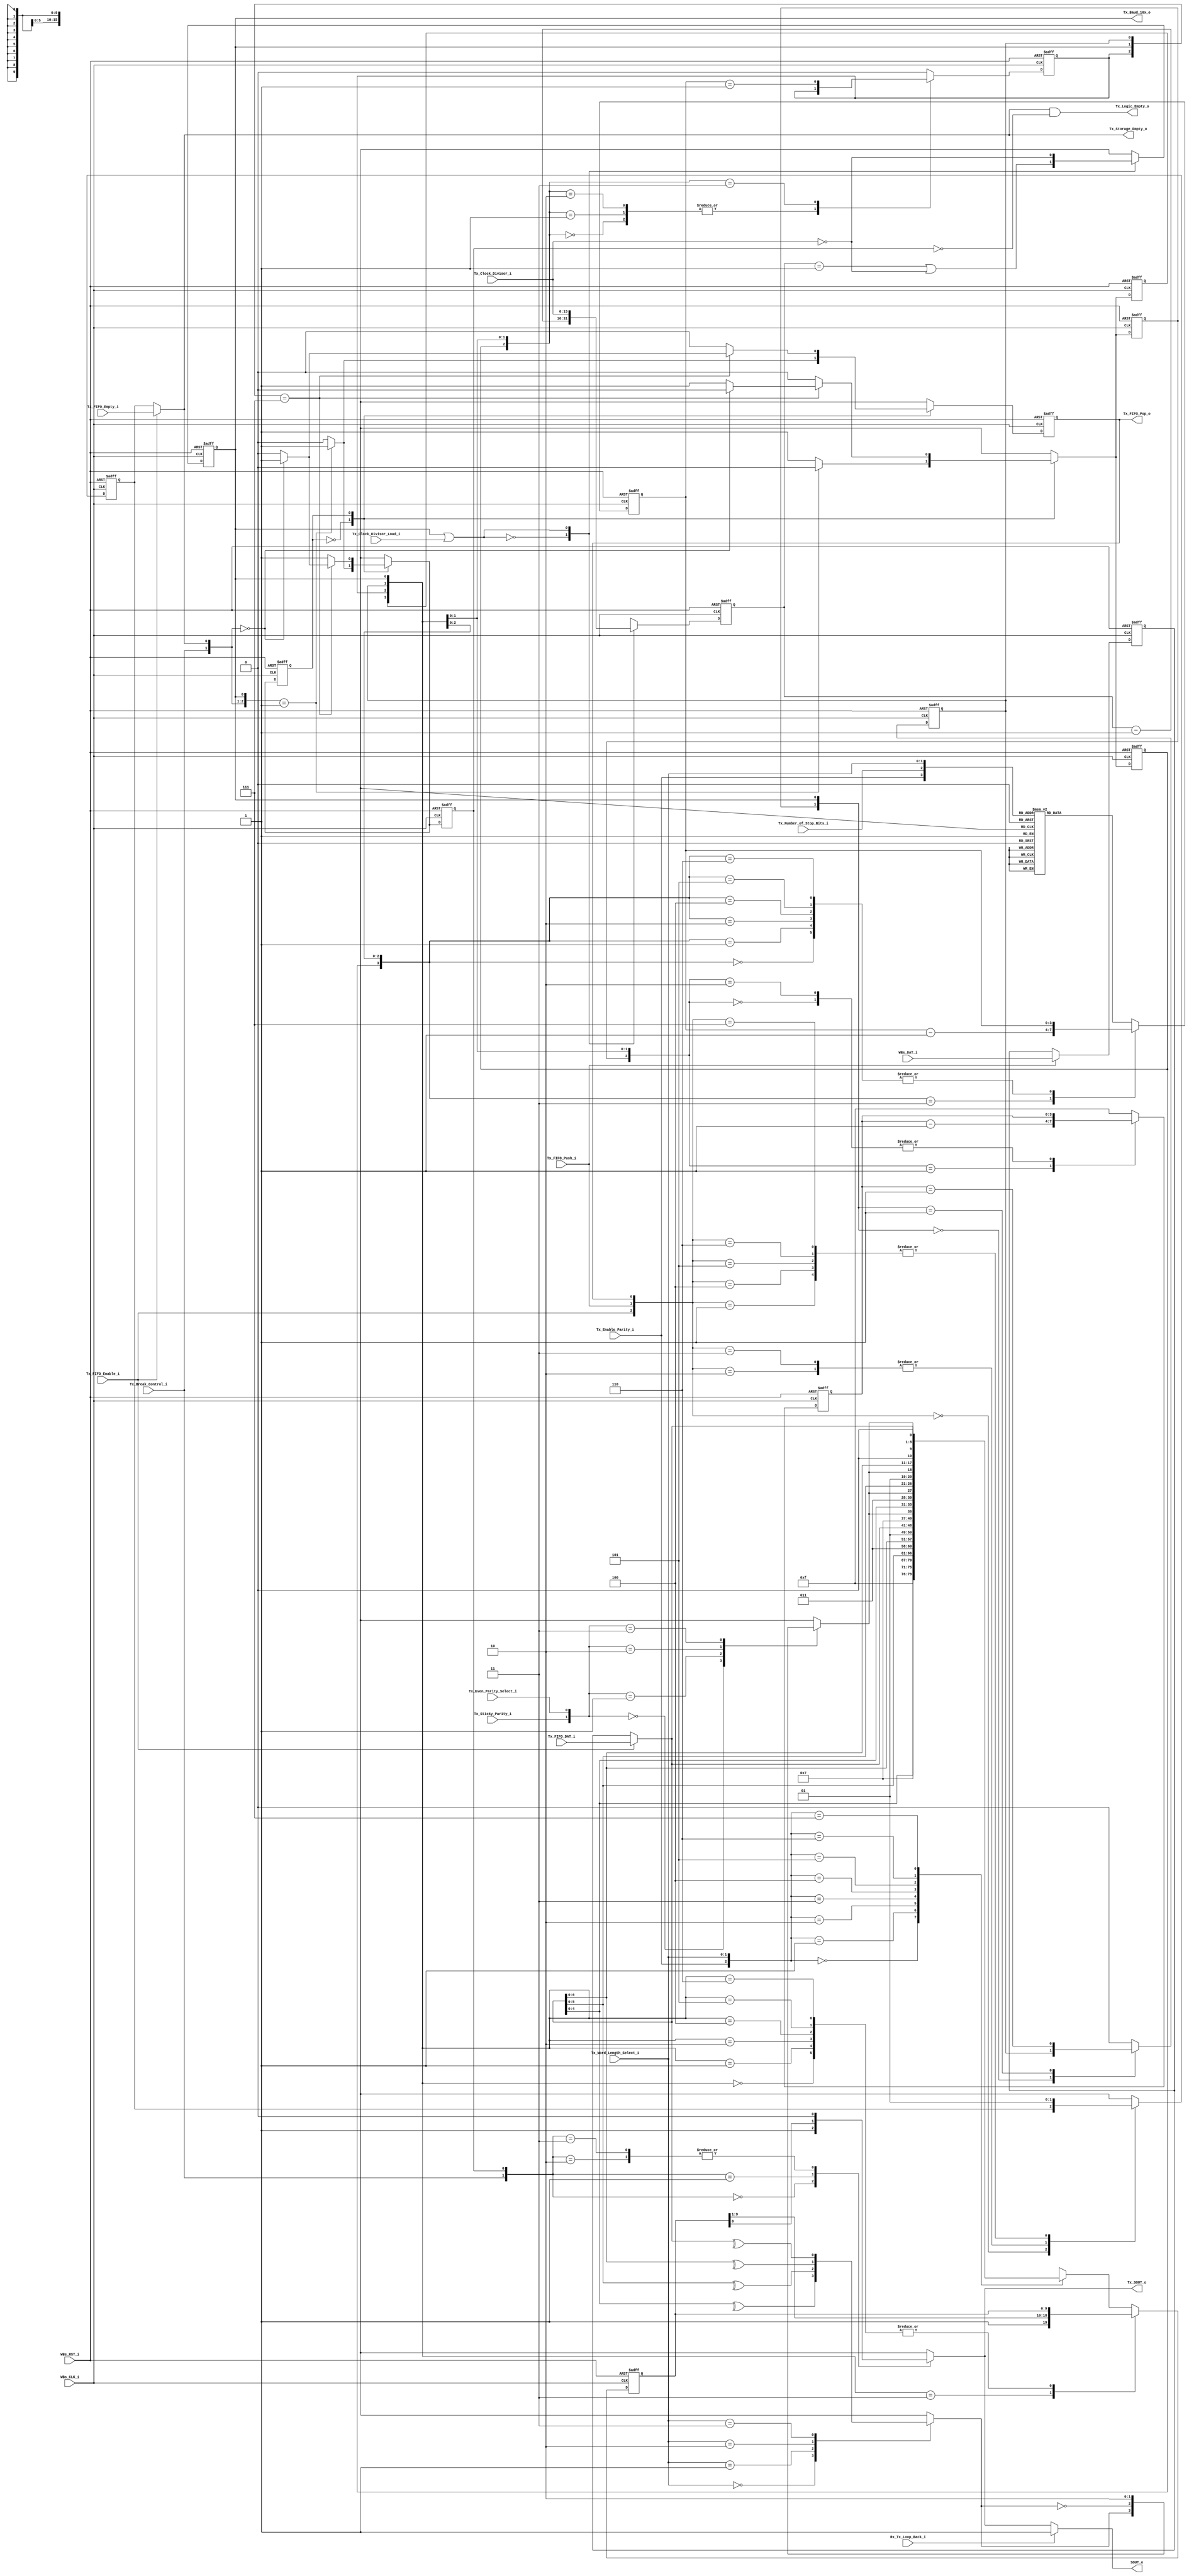
// -----------------------------------------------------------------------------
// title          : UART 16550 Tx Logic Module
// project        : Tamar2 Device
// -----------------------------------------------------------------------------
// company        : QuickLogic Corp
// last update    : 2016/02/22
// platform       : ArcticLink 4 S3B
// standard       : Verilog 2001
// -----------------------------------------------------------------------------
// description: The UART 16550 is designed for use in the fabric of the
//              AL4S3B. The only AL4S3B specific portion are the Rx and Tx
//              FIFOs. The remaining logic is a generic UART based on a single
//              clock network. There are no derived clocks as in some designs.
// -----------------------------------------------------------------------------
// copyright (c) 2016
// -----------------------------------------------------------------------------
// revisions  :
// date            version    author         description
// 2016/02/03      1.0        Glen Gomes     Initial Release
//
// -----------------------------------------------------------------------------
// Comments: This solution is specifically for use with the QuickLogic
//           AL4S3B device. 
// -----------------------------------------------------------------------------
//

`timescale 1ns / 10ps


module UART_16550_Tx_Logic( 


                            WBs_CLK_i,
                            WBs_RST_i,

                            WBs_DAT_i,

                            SOUT_o,

                            Tx_FIFO_Push_i,
                            Tx_FIFO_Pop_o,
                            Tx_FIFO_DAT_i,

                            Tx_FIFO_Empty_i,

                            Tx_FIFO_Enable_i,

                            Tx_Word_Length_Select_i,
                            Tx_Number_of_Stop_Bits_i,
                            Tx_Enable_Parity_i,
                            Tx_Even_Parity_Select_i,
                            Tx_Sticky_Parity_i,

                            Tx_Break_Control_i,

                            Rx_Tx_Loop_Back_i,

                            Tx_Clock_Divisor_i,
                            Tx_Clock_Divisor_Load_i,
                            Tx_Baud_16x_o,

                            Tx_Storage_Empty_o,
                            Tx_Logic_Empty_o,

                            Tx_SOUT_o

                            );


//------Port Parameters----------------
//

//
// None at this time
//

//------Port Signals-------------------
//

// Fabric Global Signals
//
input                       WBs_CLK_i;         // Wishbone Fabric Clock
input                       WBs_RST_i;         // Wishbone Fabric Reset

input                [7:0]  WBs_DAT_i;

output                      SOUT_o;


// Tx FIFO Signals
//
input                       Tx_FIFO_Push_i;
output                      Tx_FIFO_Pop_o;
input                [7:0]  Tx_FIFO_DAT_i;

input                       Tx_FIFO_Empty_i;

input                       Tx_FIFO_Enable_i;

input                [1:0]  Tx_Word_Length_Select_i;
input                       Tx_Number_of_Stop_Bits_i;
input                       Tx_Enable_Parity_i;
input                       Tx_Even_Parity_Select_i;
input                       Tx_Sticky_Parity_i;

input                       Tx_Break_Control_i;

input                       Rx_Tx_Loop_Back_i;

input               [15:0]  Tx_Clock_Divisor_i;
input                       Tx_Clock_Divisor_Load_i;
output                      Tx_Baud_16x_o;


output                      Tx_Storage_Empty_o;
output                      Tx_Logic_Empty_o;

output                      Tx_SOUT_o;

// Fabric Global Signals
//
wire                        WBs_CLK_i;         // Wishbone Fabric Clock
wire                        WBs_RST_i;         // Wishbone Fabric Reset


wire                 [7:0]  WBs_DAT_i;

wire                        SOUT_o;


// Tx FIFO Signals
//
wire                        Tx_FIFO_Push_i;

reg                         Tx_FIFO_Pop_o;
reg                         Tx_FIFO_Pop_o_nxt;

wire                 [7:0]  Tx_FIFO_DAT_i;

wire                        Tx_FIFO_Empty_i;

wire                        Tx_FIFO_Enable_i;

// Tx Control Signals
//
wire                 [1:0]  Tx_Word_Length_Select_i;
wire                        Tx_Number_of_Stop_Bits_i;
wire                        Tx_Enable_Parity_i;
wire                        Tx_Even_Parity_Select_i;
wire                        Tx_Sticky_Parity_i;

wire                        Tx_Break_Control_i;

wire                        Rx_Tx_Loop_Back_i;

wire                [15:0]  Tx_Clock_Divisor_i;
wire                        Tx_Clock_Divisor_Load_i;
wire                        Tx_Baud_16x_o;

wire                        Tx_Storage_Empty_o;
wire                        Tx_Logic_Empty_o;

reg                         Tx_SOUT_o;


//------Define Parameters--------------
//

parameter                   TX_STATE_WIDTH     = 1;

parameter                   TX_STATE_IDLE      = 0;
parameter                   TX_STATE_TRANSFER  = 1;


//------Internal Signals---------------
//

reg                 [15:0]  Tx_Baud_16x_cntr;
reg                 [15:0]  Tx_Baud_16x_cntr_nxt;

reg                         Tx_Baud_16x_cntr_tc;
reg                         Tx_Baud_16x_cntr_tc_nxt;

reg                  [3:0]  Tx_Bit_Time_cntr;
reg                  [3:0]  Tx_Bit_Time_cntr_nxt;

reg                         Tx_Bit_Time_cntr_tc;
reg                         Tx_Bit_Time_cntr_tc_nxt;

reg                         Tx_Bit_Time_cntr_ld;
reg                         Tx_Bit_Time_cntr_ld_nxt;

reg                  [3:0]  Tx_Xfr_Length_cntr;
reg                  [3:0]  Tx_Xfr_Length_cntr_nxt;

reg                         Tx_Xfr_Length_cntr_tc;
reg                         Tx_Xfr_Length_cntr_tc_nxt;

reg                         Tx_Xfr_Length_cntr_ld;
reg                         Tx_Xfr_Length_cntr_ld_nxt;

reg                  [7:0]  Tx_Holding_Reg;

reg                  [9:0]  Tx_Shift_Reg;
reg                  [9:0]  Tx_Shift_Reg_nxt;

reg                         Tx_Shift_Reg_ld;
reg                         Tx_Shift_Reg_ld_nxt;

wire                 [7:0]  Tx_Shift_Reg_Data;

reg                         Tx_Parity_Odd;
reg                         Tx_Parity;

reg   [TX_STATE_WIDTH-1:0]  Tx_State;
reg   [TX_STATE_WIDTH-1:0]  Tx_State_nxt;

reg                         Tx_Transfer_Busy;
reg                         Tx_Transfer_Busy_nxt;

reg                         Tx_Holding_Reg_Empty;
reg                         Tx_Holding_Reg_Empty_nxt;


//------Logic Operations---------------
//

// Determine the Loop Back Connections to the external port
//
assign SOUT_o     = Rx_Tx_Loop_Back_i  ? 1'b1            : Tx_SOUT_o;


// Select the Output Serial Stream
//
always @(Tx_Break_Control_i  or
         Tx_Transfer_Busy    or
         Tx_Shift_Reg
        )
begin
    case({Tx_Break_Control_i, Tx_Transfer_Busy})
    2'b00: Tx_SOUT_o <= 1'b1            ; // Waiting for transfer
    2'b01: Tx_SOUT_o <= Tx_Shift_Reg[0] ; // Select  Tx Shift Register output on the serial stream
    2'b10: Tx_SOUT_o <= 1'b0            ; // Select  "Break"           output on the serial stream
    2'b11: Tx_SOUT_o <= 1'b0            ; // Select  "Break"           output on the serial stream 
    endcase                               //     The "Break" output has priority over data from the
end                                       //     Tx Shift Register.


// Determine the 16x Baud Rate Enable
//
// Note: This design will use this signal to determine its serial transfer
//       rate. This avoids the pitfalls of using derived clocks.
//
assign Tx_Baud_16x_o  = Tx_Baud_16x_cntr_tc;


// Define the Fabric's Local Registers
//

always @( posedge WBs_CLK_i or posedge WBs_RST_i)
begin
    if (WBs_RST_i)
    begin

        Tx_FIFO_Pop_o            <=  1'b0;

        Tx_Baud_16x_cntr         <= 16'h0;
        Tx_Baud_16x_cntr_tc      <=  1'b0;

        Tx_State                 <= TX_STATE_IDLE;

        Tx_Transfer_Busy         <=  1'b0;

        Tx_Bit_Time_cntr         <=  4'h0;
        Tx_Bit_Time_cntr_tc      <=  1'b1;
        Tx_Bit_Time_cntr_ld      <=  1'b1;

		Tx_Xfr_Length_cntr       <=  4'h0;
		Tx_Xfr_Length_cntr_tc    <=  1'b0;
		Tx_Xfr_Length_cntr_ld    <=  1'b0;

        Tx_Holding_Reg           <=  8'h0;
        Tx_Holding_Reg_Empty     <=  1'b1;

        Tx_Shift_Reg             <= 10'h0;
        Tx_Shift_Reg_ld          <=  1'b1;

    end  
    else
    begin

        Tx_FIFO_Pop_o            <=  Tx_FIFO_Pop_o_nxt          ;

        Tx_Baud_16x_cntr         <=  Tx_Baud_16x_cntr_nxt       ;
        Tx_Baud_16x_cntr_tc      <=  Tx_Baud_16x_cntr_tc_nxt    ;

        Tx_State                 <=  Tx_State_nxt               ;
        Tx_Transfer_Busy         <=  Tx_Transfer_Busy_nxt       ;

        Tx_Bit_Time_cntr         <=  Tx_Bit_Time_cntr_nxt       ;
        Tx_Bit_Time_cntr_tc      <=  Tx_Bit_Time_cntr_tc_nxt    ;
        Tx_Bit_Time_cntr_ld      <=  Tx_Bit_Time_cntr_ld_nxt    ;

		Tx_Xfr_Length_cntr       <=  Tx_Xfr_Length_cntr_nxt     ;
		Tx_Xfr_Length_cntr_tc    <=  Tx_Xfr_Length_cntr_tc_nxt  ;
		Tx_Xfr_Length_cntr_ld    <=  Tx_Xfr_Length_cntr_ld_nxt  ;

        if (Tx_FIFO_Push_i)
            Tx_Holding_Reg       <=  WBs_DAT_i                  ;

        Tx_Holding_Reg_Empty     <=  Tx_Holding_Reg_Empty_nxt   ;

        Tx_Shift_Reg             <=  Tx_Shift_Reg_nxt           ;
        Tx_Shift_Reg_ld          <=  Tx_Shift_Reg_ld_nxt        ;

    end  
end


// Determine when both:
//
//     - all of the Tx data has been retrieved
//     - all of the Tx data has been transmitted.
//
assign Tx_Logic_Empty_o   = Tx_Storage_Empty_o & (~Tx_Transfer_Busy);


// Select the Empty Flag to use
//
// Note: For FIFO operations, the FIFO Empty Flag is used. This is subject to flushing.
//       For non-FIFO operations, the Holding Register is tracked. It is not
//       subject to FIFO Flushing operations.
//
assign Tx_Storage_Empty_o = Tx_FIFO_Enable_i        ?  Tx_FIFO_Empty_i :  Tx_Holding_Reg_Empty;

// Determine the state of the Tx Holding Register
//
always @( Tx_FIFO_Push_i         or
          Tx_FIFO_Pop_o          or
          Tx_FIFO_Enable_i       or
		  Tx_Holding_Reg_Empty
        )
begin
    case(  {Tx_FIFO_Enable_i, Tx_FIFO_Push_i, Tx_FIFO_Pop_o})
    3'b000: Tx_Holding_Reg_Empty_nxt <= Tx_Holding_Reg_Empty ;
    3'b001: Tx_Holding_Reg_Empty_nxt <= 1'b1                 ;
    3'b010: Tx_Holding_Reg_Empty_nxt <= 1'b0                 ;
    3'b011: Tx_Holding_Reg_Empty_nxt <= 1'b0                 ;
    3'b100: Tx_Holding_Reg_Empty_nxt <= 1'b1                 ;
    3'b101: Tx_Holding_Reg_Empty_nxt <= 1'b1                 ;
    3'b110: Tx_Holding_Reg_Empty_nxt <= 1'b1                 ;
    3'b111: Tx_Holding_Reg_Empty_nxt <= 1'b1                 ;
    endcase
end


// Determine the Clock Divider's Counter
//
// Note: This counter divides down the reference clock to a rate used for
//       serial communications.
//
always @(Tx_Baud_16x_cntr        or
         Tx_Baud_16x_cntr_tc     or
         Tx_Clock_Divisor_Load_i or
         Tx_Clock_Divisor_i
         )
begin
    case( Tx_Baud_16x_cntr_tc   |  Tx_Clock_Divisor_Load_i )
    1'b0: Tx_Baud_16x_cntr_nxt <=  Tx_Baud_16x_cntr - 1'b1; // Count down until the terminal count
    1'b1: Tx_Baud_16x_cntr_nxt <=  Tx_Clock_Divisor_i     ; // Load on the terminal count
    endcase
end


// Determine the Clock Divide counter's terminal count
//
always @(Tx_Baud_16x_cntr        or
         Tx_Baud_16x_cntr_tc     or
         Tx_Clock_Divisor_Load_i or
         Tx_Clock_Divisor_i
         )
begin
    case( Tx_Baud_16x_cntr_tc      |  Tx_Clock_Divisor_Load_i )
    1'b0: Tx_Baud_16x_cntr_tc_nxt <= (Tx_Baud_16x_cntr   == 16'h1)  // Determine when the count down is about to complete
                                   | (Tx_Clock_Divisor_i == 16'h0); // Check for the special case of a divisor equal to "0"
    1'b1: Tx_Baud_16x_cntr_tc_nxt <= (Tx_Clock_Divisor_i == 16'h0); // Load on the terminal count
    endcase
end


// Determine the Bit Time Counter
//
// Note: This counter determines the length of time for each bit in the serial 
//       stream. This is done by counting number of Baud_16x periods.
//
//       Start  - 16 Baud_16x periods
//       Data   - 16 Baud_16x periods per bit
//       Parity - 16 Baud_16x periods        
//       Stop   - 16 Baud_16x periods per bit  
//
always @(Tx_Bit_Time_cntr        or
         Tx_Bit_Time_cntr_tc     or
         Tx_Bit_Time_cntr_ld     or
         Tx_Baud_16x_cntr_tc
         )
begin
    case(  { Tx_Bit_Time_cntr_ld,     Tx_Bit_Time_cntr_tc, Tx_Baud_16x_cntr_tc} )
    3'b000:  Tx_Bit_Time_cntr_nxt <=  Tx_Bit_Time_cntr       ; // Hold
    3'b001:  Tx_Bit_Time_cntr_nxt <=  Tx_Bit_Time_cntr - 1'b1; // Count down until the terminal count
    3'b010:  Tx_Bit_Time_cntr_nxt <=  Tx_Bit_Time_cntr       ; // Hold
    default: Tx_Bit_Time_cntr_nxt <=  4'hF                   ; // Load on the terminal count
    endcase
end


// Determine the Bit Time counter's terminal count
//
always @(Tx_Bit_Time_cntr        or
         Tx_Bit_Time_cntr_tc     or
         Tx_Bit_Time_cntr_ld     or
         Tx_Baud_16x_cntr_tc
         )
begin
    case(   {Tx_Bit_Time_cntr_ld,        Tx_Baud_16x_cntr_tc} )
    2'b00:   Tx_Bit_Time_cntr_tc_nxt <=  Tx_Bit_Time_cntr_tc        ; // Hold
    2'b01:   Tx_Bit_Time_cntr_tc_nxt <= (Tx_Bit_Time_cntr ==  4'h1) ; // Check count down for terminal count
    default: Tx_Bit_Time_cntr_tc_nxt <=  1'b0                       ; // The terminal count is "0" during loads
    endcase
end


// Determine the Transfer Length Counter
//
// Note: This counter counts the number of bits that will be transferred in 
//       the serial stream.
//
//  Tx_Word_Length_Select_i[1:0]   Tx_Number_of_Stop_Bits_i;
//              ANY                          1'b0 : 1
//          2'b00 : 5 bits                   1'b1 : 1.5
//          2'b01 : 6 bits                   1'b1 : 2
//          2'b10 : 7 bits                   1'b1 : 2
//          2'b11 : 8 bits                   1'b1 : 2
//

always @(Tx_Xfr_Length_cntr         or
         Tx_Xfr_Length_cntr_tc      or
         Tx_Xfr_Length_cntr_ld      or

         Tx_Baud_16x_cntr_tc        or
         Tx_Bit_Time_cntr_tc        or

         Tx_Enable_Parity_i         or
		 Tx_Number_of_Stop_Bits_i   or
		 Tx_Word_Length_Select_i
         )
begin
    case(       {Tx_Xfr_Length_cntr_ld,     Tx_Xfr_Length_cntr_tc, Tx_Bit_Time_cntr_tc, Tx_Baud_16x_cntr_tc} )
    4'b0000:     Tx_Xfr_Length_cntr_nxt <=  Tx_Xfr_Length_cntr        ; // Hold
    4'b0001:     Tx_Xfr_Length_cntr_nxt <=  Tx_Xfr_Length_cntr        ; // Hold
    4'b0010:     Tx_Xfr_Length_cntr_nxt <=  Tx_Xfr_Length_cntr        ; // Hold
    4'b0011:     Tx_Xfr_Length_cntr_nxt <=  Tx_Xfr_Length_cntr - 1'b1 ; // Count down until the terminal count
    4'b0100:     Tx_Xfr_Length_cntr_nxt <=  Tx_Xfr_Length_cntr        ; // Hold
    4'b0101:     Tx_Xfr_Length_cntr_nxt <=  Tx_Xfr_Length_cntr        ; // Hold
    4'b0110:     Tx_Xfr_Length_cntr_nxt <=  Tx_Xfr_Length_cntr        ; // Hold
    default:
    begin
        case (  {Tx_Enable_Parity_i,  Tx_Number_of_Stop_Bits_i, Tx_Word_Length_Select_i})
        4'b0000: Tx_Xfr_Length_cntr_nxt <=  4'h6                      ; // Start, 5 bits,         Stop bits -> 1
        4'b0001: Tx_Xfr_Length_cntr_nxt <=  4'h7                      ; // Start, 6 bits,         Stop bits -> 1
        4'b0010: Tx_Xfr_Length_cntr_nxt <=  4'h8                      ; // Start, 7 bits,         Stop bits -> 1
        4'b0011: Tx_Xfr_Length_cntr_nxt <=  4'h9                      ; // Start, 8 bits,         Stop bits -> 1

        4'b0100: Tx_Xfr_Length_cntr_nxt <=  4'h7                      ; // Start, 5 bits,         Stop bits -> 2 (Allowed)
        4'b0101: Tx_Xfr_Length_cntr_nxt <=  4'h8                      ; // Start, 6 bits,         Stop bits -> 2
        4'b0110: Tx_Xfr_Length_cntr_nxt <=  4'h9                      ; // Start, 7 bits,         Stop bits -> 2
        4'b0111: Tx_Xfr_Length_cntr_nxt <=  4'hA                      ; // Start, 8 bits,         Stop bits -> 2

        4'b1000: Tx_Xfr_Length_cntr_nxt <=  4'h7                      ; // Start, 5 bits, Parity  Stop bits -> 1
        4'b1001: Tx_Xfr_Length_cntr_nxt <=  4'h8                      ; // Start, 6 bits, Parity  Stop bits -> 1
        4'b1010: Tx_Xfr_Length_cntr_nxt <=  4'h9                      ; // Start, 7 bits, Parity  Stop bits -> 1
        4'b1011: Tx_Xfr_Length_cntr_nxt <=  4'hA                      ; // Start, 8 bits, Parity  Stop bits -> 1

        4'b1100: Tx_Xfr_Length_cntr_nxt <=  4'h8                      ; // Start, 5 bits, Parity, Stop bits -> 2 (Allowed)
        4'b1101: Tx_Xfr_Length_cntr_nxt <=  4'h9                      ; // Start, 6 bits, Parity, Stop bits -> 2
        4'b1110: Tx_Xfr_Length_cntr_nxt <=  4'hA                      ; // Start, 7 bits, Parity, Stop bits -> 2
        4'b1111: Tx_Xfr_Length_cntr_nxt <=  4'hB                      ; // Start, 8 bits, Parity, Stop bits -> 2
        endcase
    end
    endcase
end


// Determine the Transfer Length counter's terminal count
//
always @(Tx_Xfr_Length_cntr        or
         Tx_Xfr_Length_cntr_tc     or
         Tx_Xfr_Length_cntr_ld     or

         Tx_Baud_16x_cntr_tc       or
         Tx_Bit_Time_cntr_tc
         )
begin
    case(    {Tx_Xfr_Length_cntr_ld, Tx_Bit_Time_cntr_tc, Tx_Baud_16x_cntr_tc} )
    3'b000:   Tx_Xfr_Length_cntr_tc_nxt <=  Tx_Xfr_Length_cntr_tc        ; // Hold
    3'b001:   Tx_Xfr_Length_cntr_tc_nxt <=  Tx_Xfr_Length_cntr_tc        ; // Hold
    3'b010:   Tx_Xfr_Length_cntr_tc_nxt <=  Tx_Xfr_Length_cntr_tc        ; // Hold
    3'b011:   Tx_Xfr_Length_cntr_tc_nxt <= (Tx_Xfr_Length_cntr ==  4'h1) ; // Check count down for terminal count
    default:  Tx_Xfr_Length_cntr_tc_nxt <=  1'b0                         ; // The terminal count is "0" during loads
    endcase
end


// Select the Shift Register's Data Source
//
assign Tx_Shift_Reg_Data = Tx_FIFO_Enable_i ? Tx_FIFO_DAT_i : Tx_Holding_Reg;


// Determine Odd Parity
//
// Note: The bits used for the parity calculation will vary due to data field length
//
always @(Tx_Shift_Reg_Data        or
         Tx_Word_Length_Select_i
         )
begin

    case( {Tx_Word_Length_Select_i})
    2'b00: Tx_Parity_Odd <=  ^Tx_Shift_Reg_Data[4:0];
    2'b01: Tx_Parity_Odd <=  ^Tx_Shift_Reg_Data[5:0];
    2'b10: Tx_Parity_Odd <=  ^Tx_Shift_Reg_Data[6:0];
    2'b11: Tx_Parity_Odd <=  ^Tx_Shift_Reg_Data[7:0];
    endcase
end


// Determine the Final Parity
//
//        Tx_Sticky_Parity_i Tx_Even_Parity_Select_i  Tx_Enable_Parity_i
//
//              X                    X                     0                 No    Parity
//              0                    0                     1                 Odd   Parity
//              0                    1                     1                 Even  Parity
//              1                    0                     1                 Force Parity "1"
//              1                    1                     1                 Force Parity "0"
//
// Note: The Parity bit below is not used for "No Parity" operations
//
always @( Tx_Even_Parity_Select_i or
          Tx_Sticky_Parity_i      or
          Tx_Parity_Odd
         )
begin
    case({Tx_Sticky_Parity_i, Tx_Even_Parity_Select_i})
    2'b00: Tx_Parity <=  Tx_Parity_Odd ;
    2'b01: Tx_Parity <= ~Tx_Parity_Odd ;
    2'b10: Tx_Parity <=  1'b1          ;
    2'b11: Tx_Parity <=  1'b0          ;
    endcase
end


// Tie together the data values from above into the serial data stream.
//
// Note: Stop bits are not included since these are always "1". Instead, "1"
//       is shifted into the shift register during the transfer operation.
//
always @(Tx_Shift_Reg_Data        or
         Tx_Shift_Reg_ld          or
		 Tx_Shift_Reg             or

         Tx_Xfr_Length_cntr_tc    or
         Tx_Baud_16x_cntr_tc      or
         Tx_Bit_Time_cntr_tc      or

         Tx_Enable_Parity_i       or
		 Tx_Parity                or
         Tx_Word_Length_Select_i
         )
begin

    case(      {Tx_Shift_Reg_ld ,    Tx_Xfr_Length_cntr_tc, Tx_Bit_Time_cntr_tc, Tx_Baud_16x_cntr_tc } )
    4'b0000:    Tx_Shift_Reg_nxt <=  Tx_Shift_Reg             ;  // Hold
    4'b0001:    Tx_Shift_Reg_nxt <=  Tx_Shift_Reg             ;  // Hold
    4'b0010:    Tx_Shift_Reg_nxt <=  Tx_Shift_Reg             ;  // Hold
    4'b0011:    Tx_Shift_Reg_nxt <=  {1'b1, Tx_Shift_Reg[9:1]};  // Shift to LSB
    4'b0100:    Tx_Shift_Reg_nxt <=  Tx_Shift_Reg             ;  // Hold
    4'b0101:    Tx_Shift_Reg_nxt <=  Tx_Shift_Reg             ;  // Hold
    4'b0110:    Tx_Shift_Reg_nxt <=  Tx_Shift_Reg             ;  // Hold
    default:
    begin
        case( { Tx_Enable_Parity_i, Tx_Word_Length_Select_i } )
        3'b000: Tx_Shift_Reg_nxt <=  {4'hf,            Tx_Shift_Reg_Data[4:0], 1'b0};
        3'b001: Tx_Shift_Reg_nxt <=  {3'h7,            Tx_Shift_Reg_Data[5:0], 1'b0};
        3'b010: Tx_Shift_Reg_nxt <=  {2'h3,            Tx_Shift_Reg_Data[6:0], 1'b0};
        3'b011: Tx_Shift_Reg_nxt <=  {1'b1,            Tx_Shift_Reg_Data[7:0], 1'b0};
        3'b100: Tx_Shift_Reg_nxt <=  {3'h7, Tx_Parity, Tx_Shift_Reg_Data[4:0], 1'b0};
        3'b101: Tx_Shift_Reg_nxt <=  {2'h3, Tx_Parity, Tx_Shift_Reg_Data[5:0], 1'b0};
        3'b110: Tx_Shift_Reg_nxt <=  {1'b1, Tx_Parity, Tx_Shift_Reg_Data[6:0], 1'b0};
        3'b111: Tx_Shift_Reg_nxt <=  {      Tx_Parity, Tx_Shift_Reg_Data[7:0], 1'b0};
        endcase
    end
    endcase
end


// Define the Tx Statemachine
//
always @(Tx_State              or
         Tx_Baud_16x_cntr_tc   or
         Tx_Bit_Time_cntr_tc   or
	     Tx_Xfr_Length_cntr_tc or
         Tx_Break_Control_i    or
         Tx_Storage_Empty_o
        )
begin
    case(Tx_State)
    TX_STATE_IDLE:
    begin
        case( {Tx_Break_Control_i, Tx_Storage_Empty_o, Tx_Baud_16x_cntr_tc} )
		3'b001:
        begin
            Tx_FIFO_Pop_o_nxt         <=  1'b1;

            Tx_State_nxt              <= TX_STATE_TRANSFER;
            Tx_Transfer_Busy_nxt      <=  1'b1;

            Tx_Bit_Time_cntr_ld_nxt   <=  1'b0;
            Tx_Xfr_Length_cntr_ld_nxt <=  1'b0;
            Tx_Shift_Reg_ld_nxt       <=  1'b0;
        end
        default: 
        begin
            Tx_FIFO_Pop_o_nxt         <=  1'b0;

            Tx_State_nxt              <= TX_STATE_IDLE;
            Tx_Transfer_Busy_nxt      <=  1'b0;

            Tx_Bit_Time_cntr_ld_nxt   <=  1'b1;
            Tx_Xfr_Length_cntr_ld_nxt <=  1'b1;
            Tx_Shift_Reg_ld_nxt       <=  1'b1;
        end
        endcase
    end
    TX_STATE_TRANSFER:
    begin

	    case({Tx_Xfr_Length_cntr_tc, Tx_Baud_16x_cntr_tc , Tx_Bit_Time_cntr_tc} )
        3'b011:       // Continue to transfer bits
        begin
            Tx_FIFO_Pop_o_nxt             <=  1'b0;

            Tx_State_nxt                  <= TX_STATE_TRANSFER;
            Tx_Transfer_Busy_nxt          <=  1'b1;
 
            Tx_Bit_Time_cntr_ld_nxt       <=  1'b0;
            Tx_Xfr_Length_cntr_ld_nxt     <=  1'b0;
            Tx_Shift_Reg_ld_nxt           <=  1'b0;
        end
        3'b111:       // Transfer has completed, see if more data is in the Tx FIFO or Hold register
        begin
            case( {Tx_Break_Control_i, Tx_Storage_Empty_o} )
            2'b00:
            begin
                Tx_FIFO_Pop_o_nxt         <=  1'b1;

                Tx_State_nxt              <= TX_STATE_TRANSFER;
                Tx_Transfer_Busy_nxt      <=  1'b1;

                Tx_Bit_Time_cntr_ld_nxt   <=  1'b0;
                Tx_Xfr_Length_cntr_ld_nxt <=  1'b0;
                Tx_Shift_Reg_ld_nxt       <=  1'b0;
            end
			default:  // Either wait for the end of "Break" or for data to be written to the Tx FIFO
            begin
                Tx_FIFO_Pop_o_nxt         <=  1'b0;

                Tx_State_nxt              <= TX_STATE_IDLE;
                Tx_Transfer_Busy_nxt      <=  1'b0;

                Tx_Bit_Time_cntr_ld_nxt   <=  1'b1;
                Tx_Xfr_Length_cntr_ld_nxt <=  1'b1;
                Tx_Shift_Reg_ld_nxt       <=  1'b1;
            end
            endcase
        end  
        default:      // Continue to transfer bits
		begin
                Tx_FIFO_Pop_o_nxt         <=  1'b0;
			  	Tx_State_nxt              <= TX_STATE_TRANSFER;
                Tx_Transfer_Busy_nxt      <=  1'b1;

                Tx_Bit_Time_cntr_ld_nxt   <=  1'b0;
                Tx_Xfr_Length_cntr_ld_nxt <=  1'b0;
                Tx_Shift_Reg_ld_nxt       <=  1'b0;
		end
        endcase

    end
    default:
    begin
        Tx_FIFO_Pop_o_nxt         <=  1'b0;

        Tx_State_nxt              <= TX_STATE_IDLE;
        Tx_Transfer_Busy_nxt      <= 1'b0;

        Tx_Bit_Time_cntr_ld_nxt   <= 1'b1;
        Tx_Xfr_Length_cntr_ld_nxt <= 1'b1;
        Tx_Shift_Reg_ld_nxt       <= 1'b1;
    end
    endcase
end

endmodule